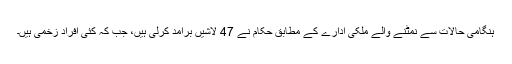
ہنگامی حالات سے نمٹنے والے ملکی ادارے کے مطابق حکام نے 47 لاشیں برآمد کرلی ہیں، جب کہ کئی افراد زخمی ہیں۔